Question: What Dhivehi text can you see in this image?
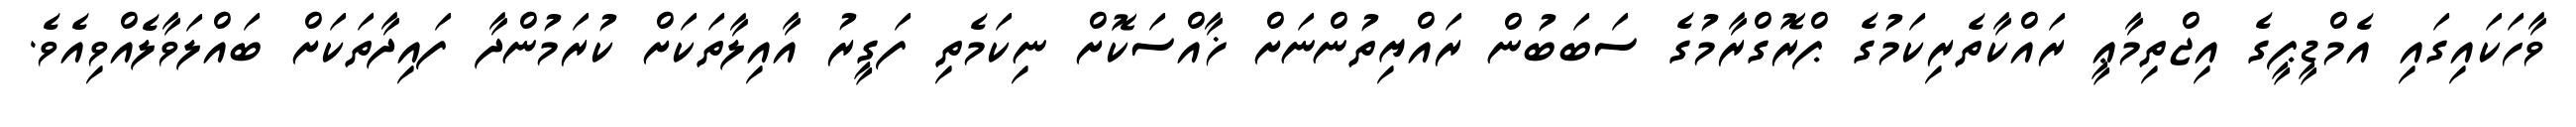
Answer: ވާހަކައިގައި އެމްޑީޕީގެ އިޖްތިމާޢީ ރައްކާތެރިކަމުގެ ޕްރޮގްރާމުގެ ސަބަބުން ރައްޔިތުންނަށް ޚާއްސަކޮށް ނިކަމެތި ފަގީރު އާއިލާތަކަށް ކުރަމުންދާ ފައިދާތަކަށް ބައްލަވާލެއްވިއެވެ.